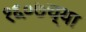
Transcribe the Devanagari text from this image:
१६०७च्या